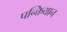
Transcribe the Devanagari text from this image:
पन्क्तियान